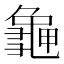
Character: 𪚧